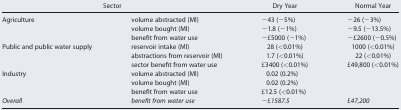
<table><thead><tr><td colspan="2"><b>Sector</b></td><td><b>Dry Year</b></td><td><b>Normal Year</b></td></tr></thead><tbody><tr><td rowspan="3">Agriculture</td><td>volume abstracted (Ml)</td><td>−43 (−5%)</td><td>−26 (−3%)</td></tr><tr><td>volume bought (Ml)</td><td>−1.8 (−1%)</td><td>−9.5 (−13.5%)</td></tr><tr><td>benefit from water use</td><td>−£5000 (−1%)</td><td>−£2600 (−0.5%)</td></tr><tr><td rowspan="3">Public and public water supply</td><td>reservoir intake (Ml)</td><td>28 (&lt;0.01%)</td><td>1000 (&lt;0.01%)</td></tr><tr><td>abstractions from reservoir (Ml)</td><td>1.7 (&lt;0.01%)</td><td>22 (&lt;0.01%)</td></tr><tr><td>sector benefit from water use</td><td>£3400 (&lt;0.01%)</td><td>£49,800 (&lt;0.01%)</td></tr><tr><td rowspan="3">Industry</td><td>volume abstracted (Ml)</td><td>0.02 (0.2%)</td><td></td></tr><tr><td>volume bought (Ml)</td><td>0.02 (0.2%)</td><td></td></tr><tr><td>benefit from water use</td><td>£12.5 (&lt;0.01%)</td><td></td></tr><tr><td><i>Overall</i></td><td><i>benefit from water use</i></td><td><i>−£1587.5</i></td><td><i>£47,200</i></td></tr></tbody></table>